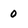
Character: 0